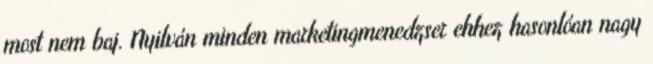
most nem baj. Nyilván minden marketingmenedzser ehhez hasonlóan nagy